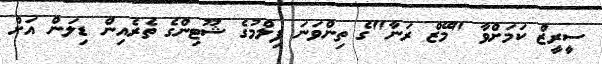
ސީރީޒް ކަމަށްވާ "މޭޒް ރަނާ"ގެ ތިންވަނަ ފިލްމުގެ ޝޫޓިންގެ ތެރެއިން ޑިލަން އަށް